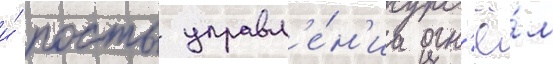
и́ посты управл'е́н'иа огн'ё́м